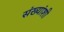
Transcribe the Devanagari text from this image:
संख्यांशी